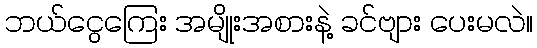
ဘယ်ငွေကြေး အမျိုးအစားနဲ့ ခင်ဗျား ပေးမလဲ။